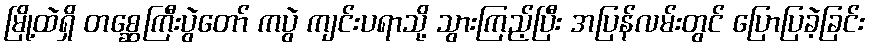
မြို့ထဲရှိ တစ္ဆေကြီးပွဲတော် ကပွဲ ကျင်းပရာသို့ သွားကြည့်ပြီး အပြန်လမ်းတွင် ပြောပြခဲ့ခြင်း